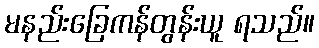
မနည်းခြေကန်တွန်းယူ ရသည်။